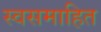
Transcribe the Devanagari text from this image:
स्वसमाहित